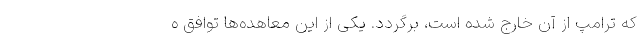
که ترامپ از آن خارج شده است، برگردد. یکی از این معاهده‌ها توافق ه